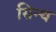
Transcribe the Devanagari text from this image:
सिन्थ